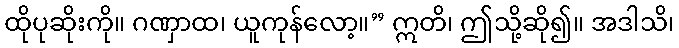
ထိုပုဆိုးကို။ ဂဏှာထ၊ ယူကုန်လော့။” ဣတိ၊ ဤသို့ဆို၍။ အဒါသိ၊